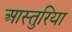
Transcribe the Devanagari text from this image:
आस्तुरिया